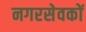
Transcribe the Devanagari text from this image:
नगरसेवकों